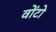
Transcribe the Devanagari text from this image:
वोंटो